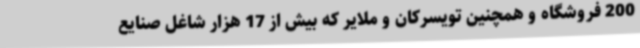
200 فروشگاه و همچنین تویسرکان و ملایر که بیش از 17 هزار شاغل صنایع